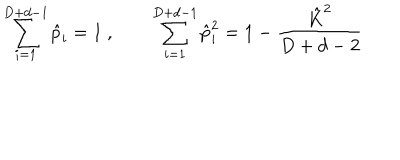
\sum _ { i = 1 } ^ { D + d - 1 } \hat { p } _ { i } = 1 \ , \qquad \sum _ { i = 1 } ^ { D + d - 1 } \hat { p } _ { i } ^ { 2 } = 1 - \frac { \hat { K } ^ { 2 } } { D + d - 2 }